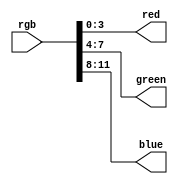
module conversor_rgb(
	input [11:0] rgb,
	output [3:0] red, green, blue
);

assign red = rgb[3:0]; //Extrayendo color rojo de rgb
assign green = rgb[7:4]; //Extrayendo color verde de rgb
assign blue = rgb[11:8]; //Extrayendo color azul de rgb

endmodule